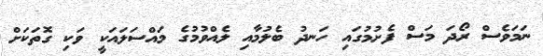
ނަމަވެސް ރޯދަ މަސް ފެށުމުގައި ހަނދު ބެލުމާއި ލެއްވުމުގެ މައްސަލައަކީ ވަކި ގޮތަކަށް